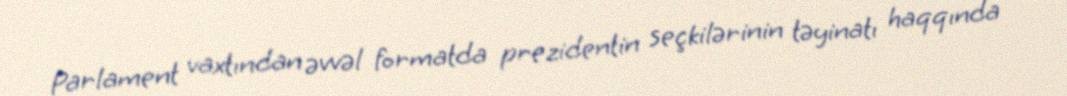
Parlament vaxtından əvvəl formatda prezidentin seçkilərinin təyinatı haqqında